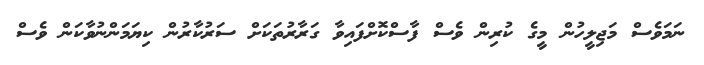
ނަމަވެސް މަޖިލީހުން މީގެ ކުރިން ވެސް ފާސްކޮށްފައިވާ ގަރާރުތަކަށް ސަރުކާރުން ކިޔަމަންނުވާކަން ވެސް